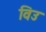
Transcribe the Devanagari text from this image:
विउ